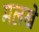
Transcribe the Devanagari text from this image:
मलखे